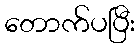
တောက်ပပြီး